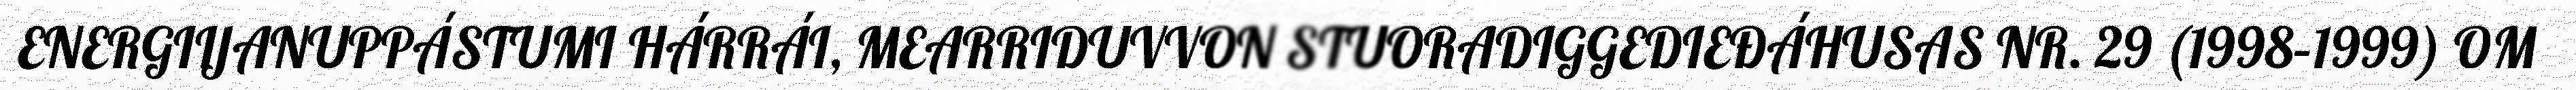
ENERGIIJANUPPÁSTUMI HÁRRÁI, MEARRIDUVVON STUORADIGGEDIEĐÁHUSAS NR. 29 (1998–1999) OM